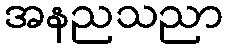
အနညသညာ